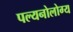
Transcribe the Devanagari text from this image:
पल्यनोलोग्य